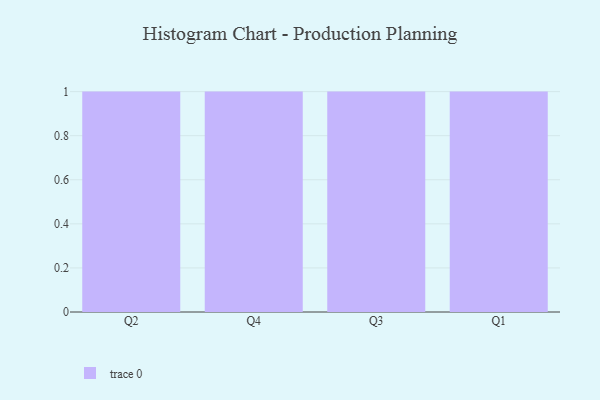
{"axis": {"x": "Quarter", "y": "LTV (USD)"}, "legend": [""], "data": [{"x": "Q2", "y": 92, "type": ""}, {"x": "Q4", "y": 62, "type": ""}, {"x": "Q3", "y": 88, "type": ""}, {"x": "Q1", "y": 45, "type": ""}]}